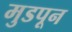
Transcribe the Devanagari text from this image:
मुडपून